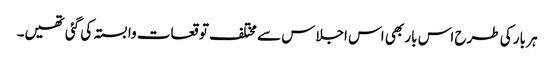
ہر بار کی طرح اس بار بھی اس اجلاس سے مختلف توقعات وابستہ کی گئی تھیں۔